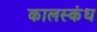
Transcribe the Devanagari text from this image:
कालस्कंध